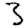
Digit: 3